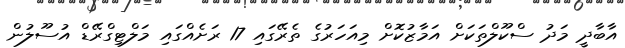
އާބާދީ މަދު ސްކޫލްތަކަށް އަމާޒުކޮށް މިއަހަރުގެ ތެރޭގައި 17 ރަށެއްގައި މަލްޓިގްރޭޑް އުސޫލުން